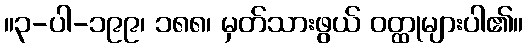
။၃-ပါ-၁၉၉၊ ၁၈၈၊ မှတ်သားဖွယ် ဝတ္ထုများပါ၏။